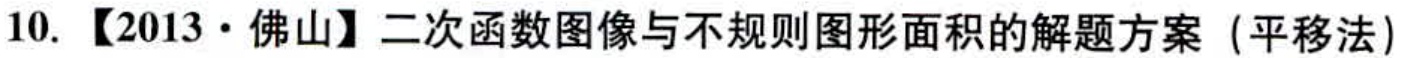
10. 【2013·佛山】二次函数图像与不规则图形面积的解题方案（平移法）